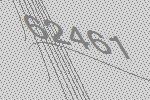
62461